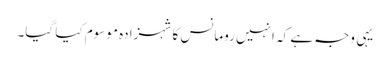
یہی وجہ ہے کہ انہیں رومانس کا شہزادہ موسوم کیا گیا۔